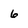
Character: 6